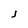
Character: J